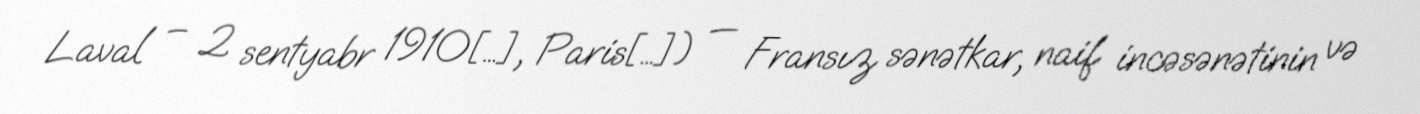
Laval – 2 sentyabr 1910[…], Paris[…]) — Fransız sənətkar, naif incəsənətinin və